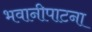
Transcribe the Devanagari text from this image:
भवानीपाटना